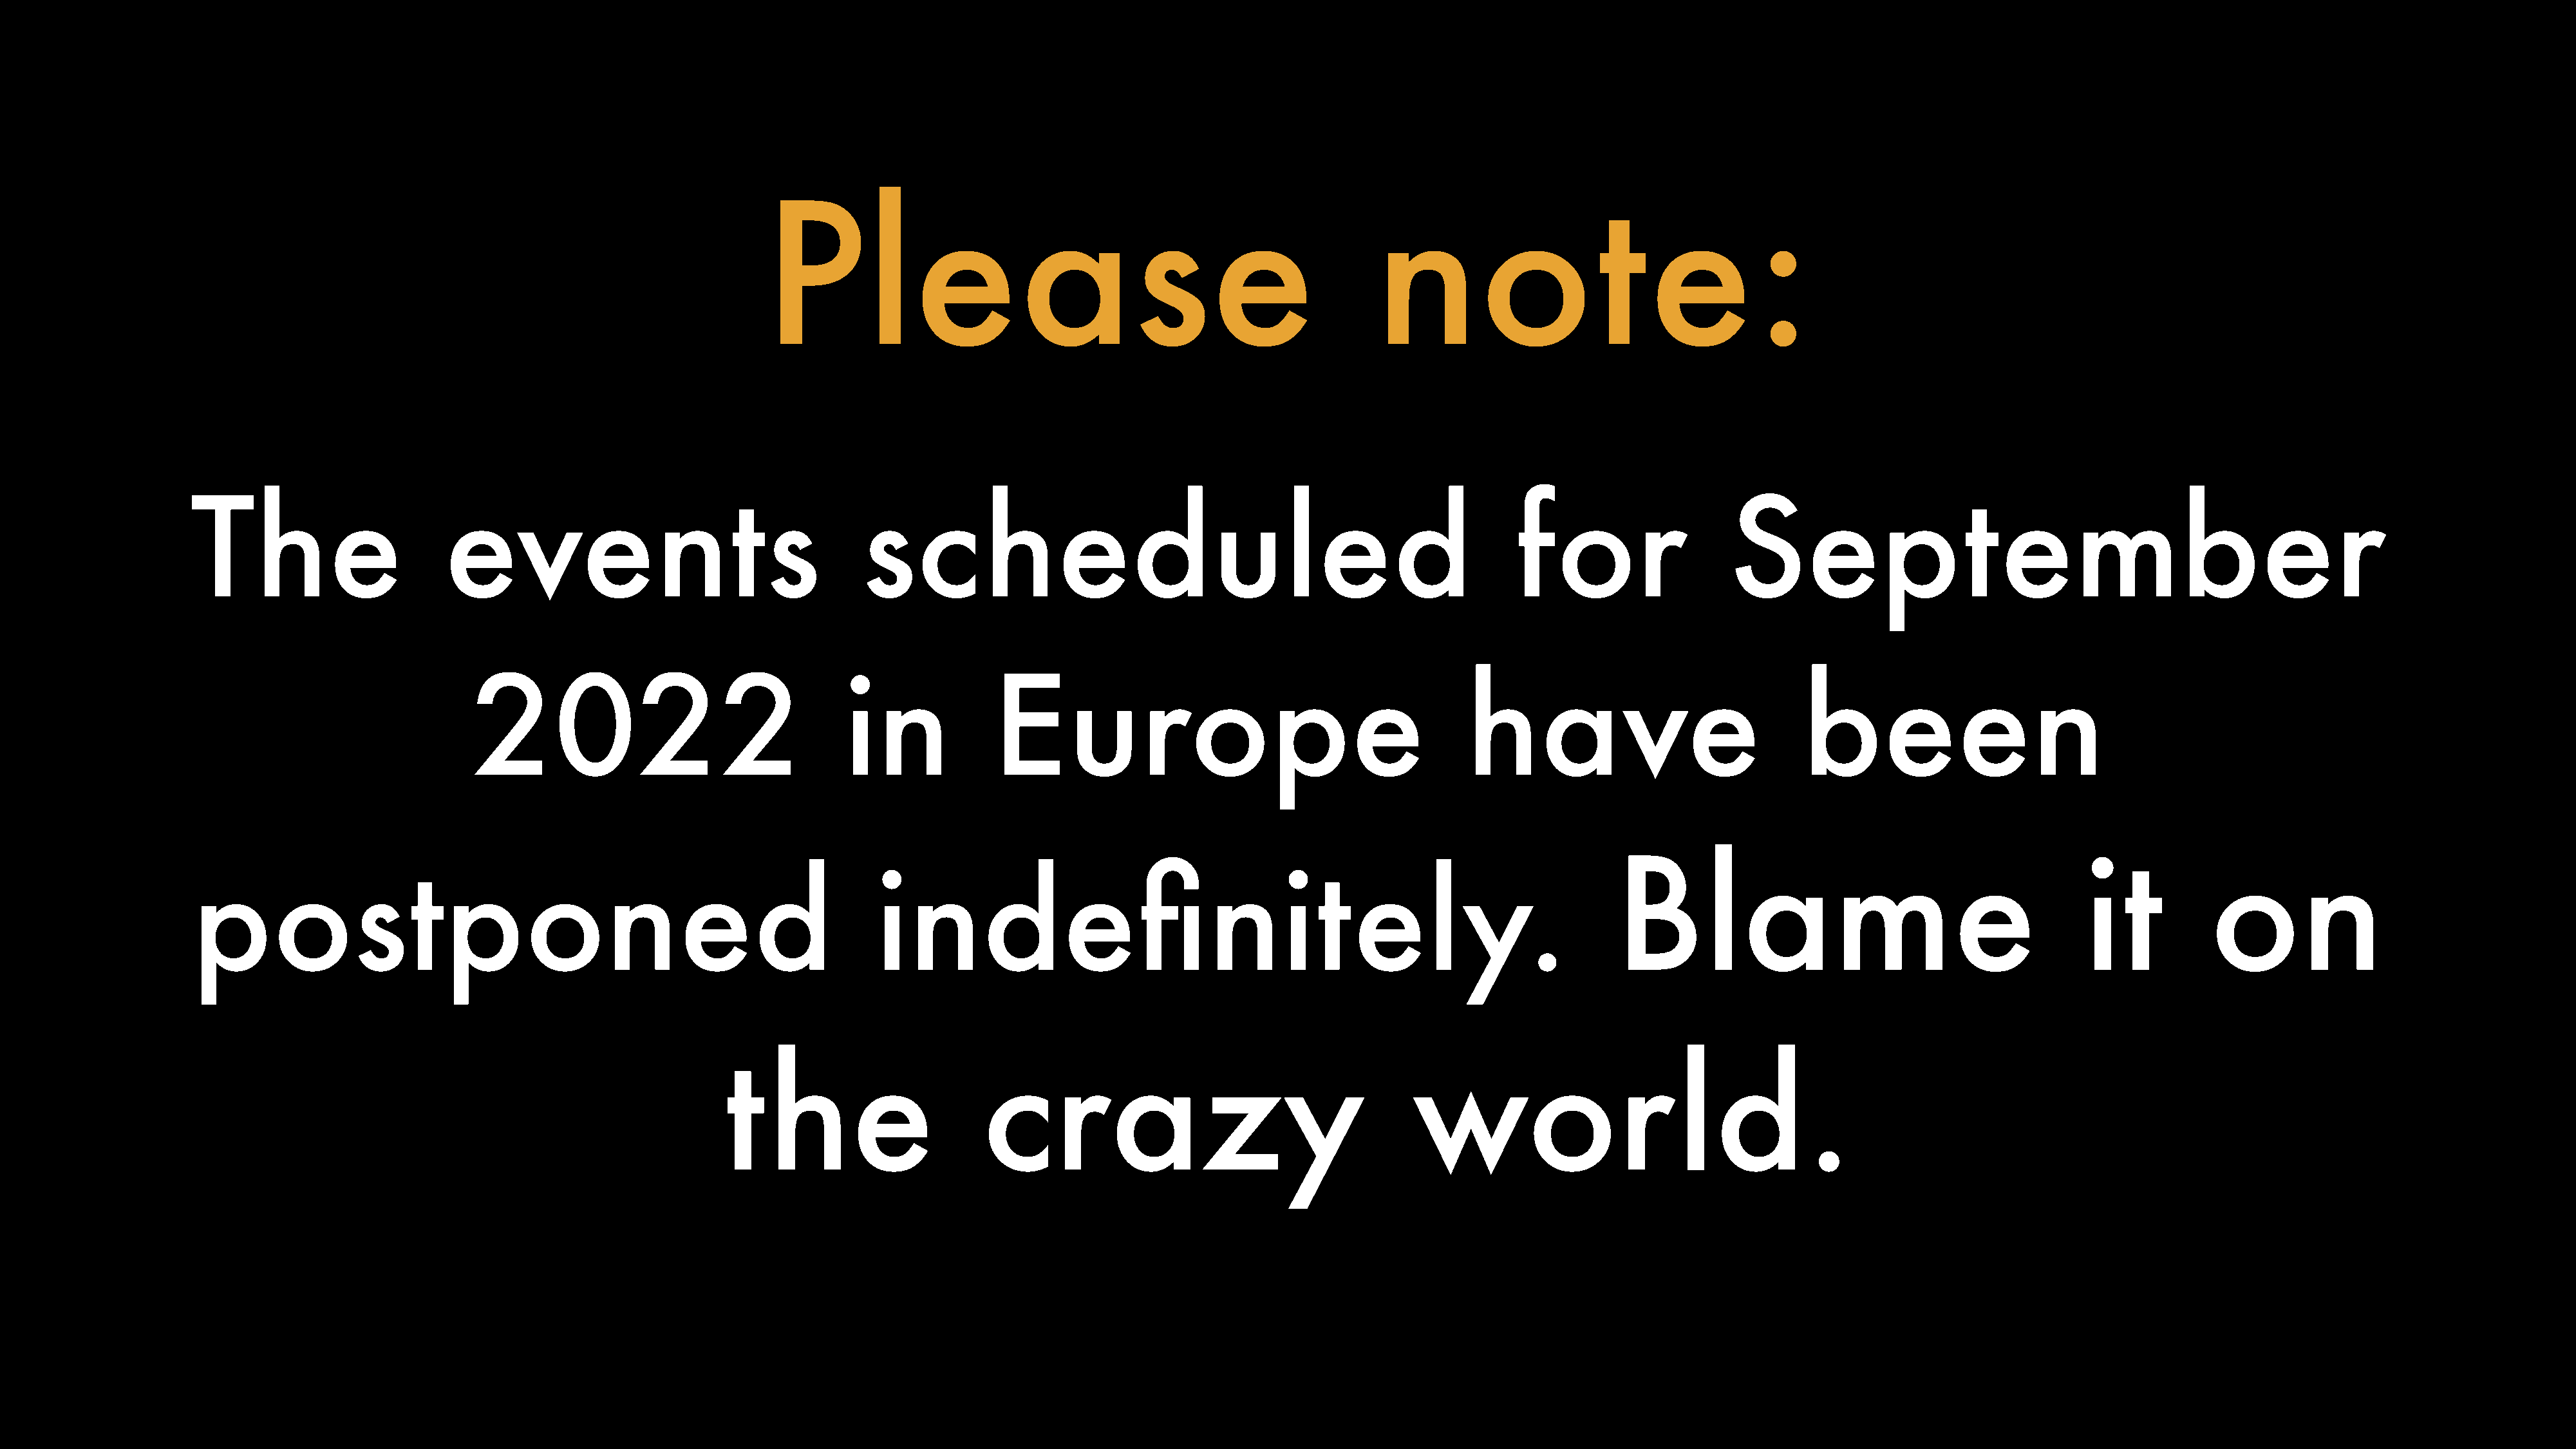
Please                                                         note:
 The                       events                                     scheduled                                                          for                   September
 2022                                   in             Europe                                           have                              been
 Blame                                           it           on
 postponed                                                             indefinitely.
 the                        crazy                                       world.